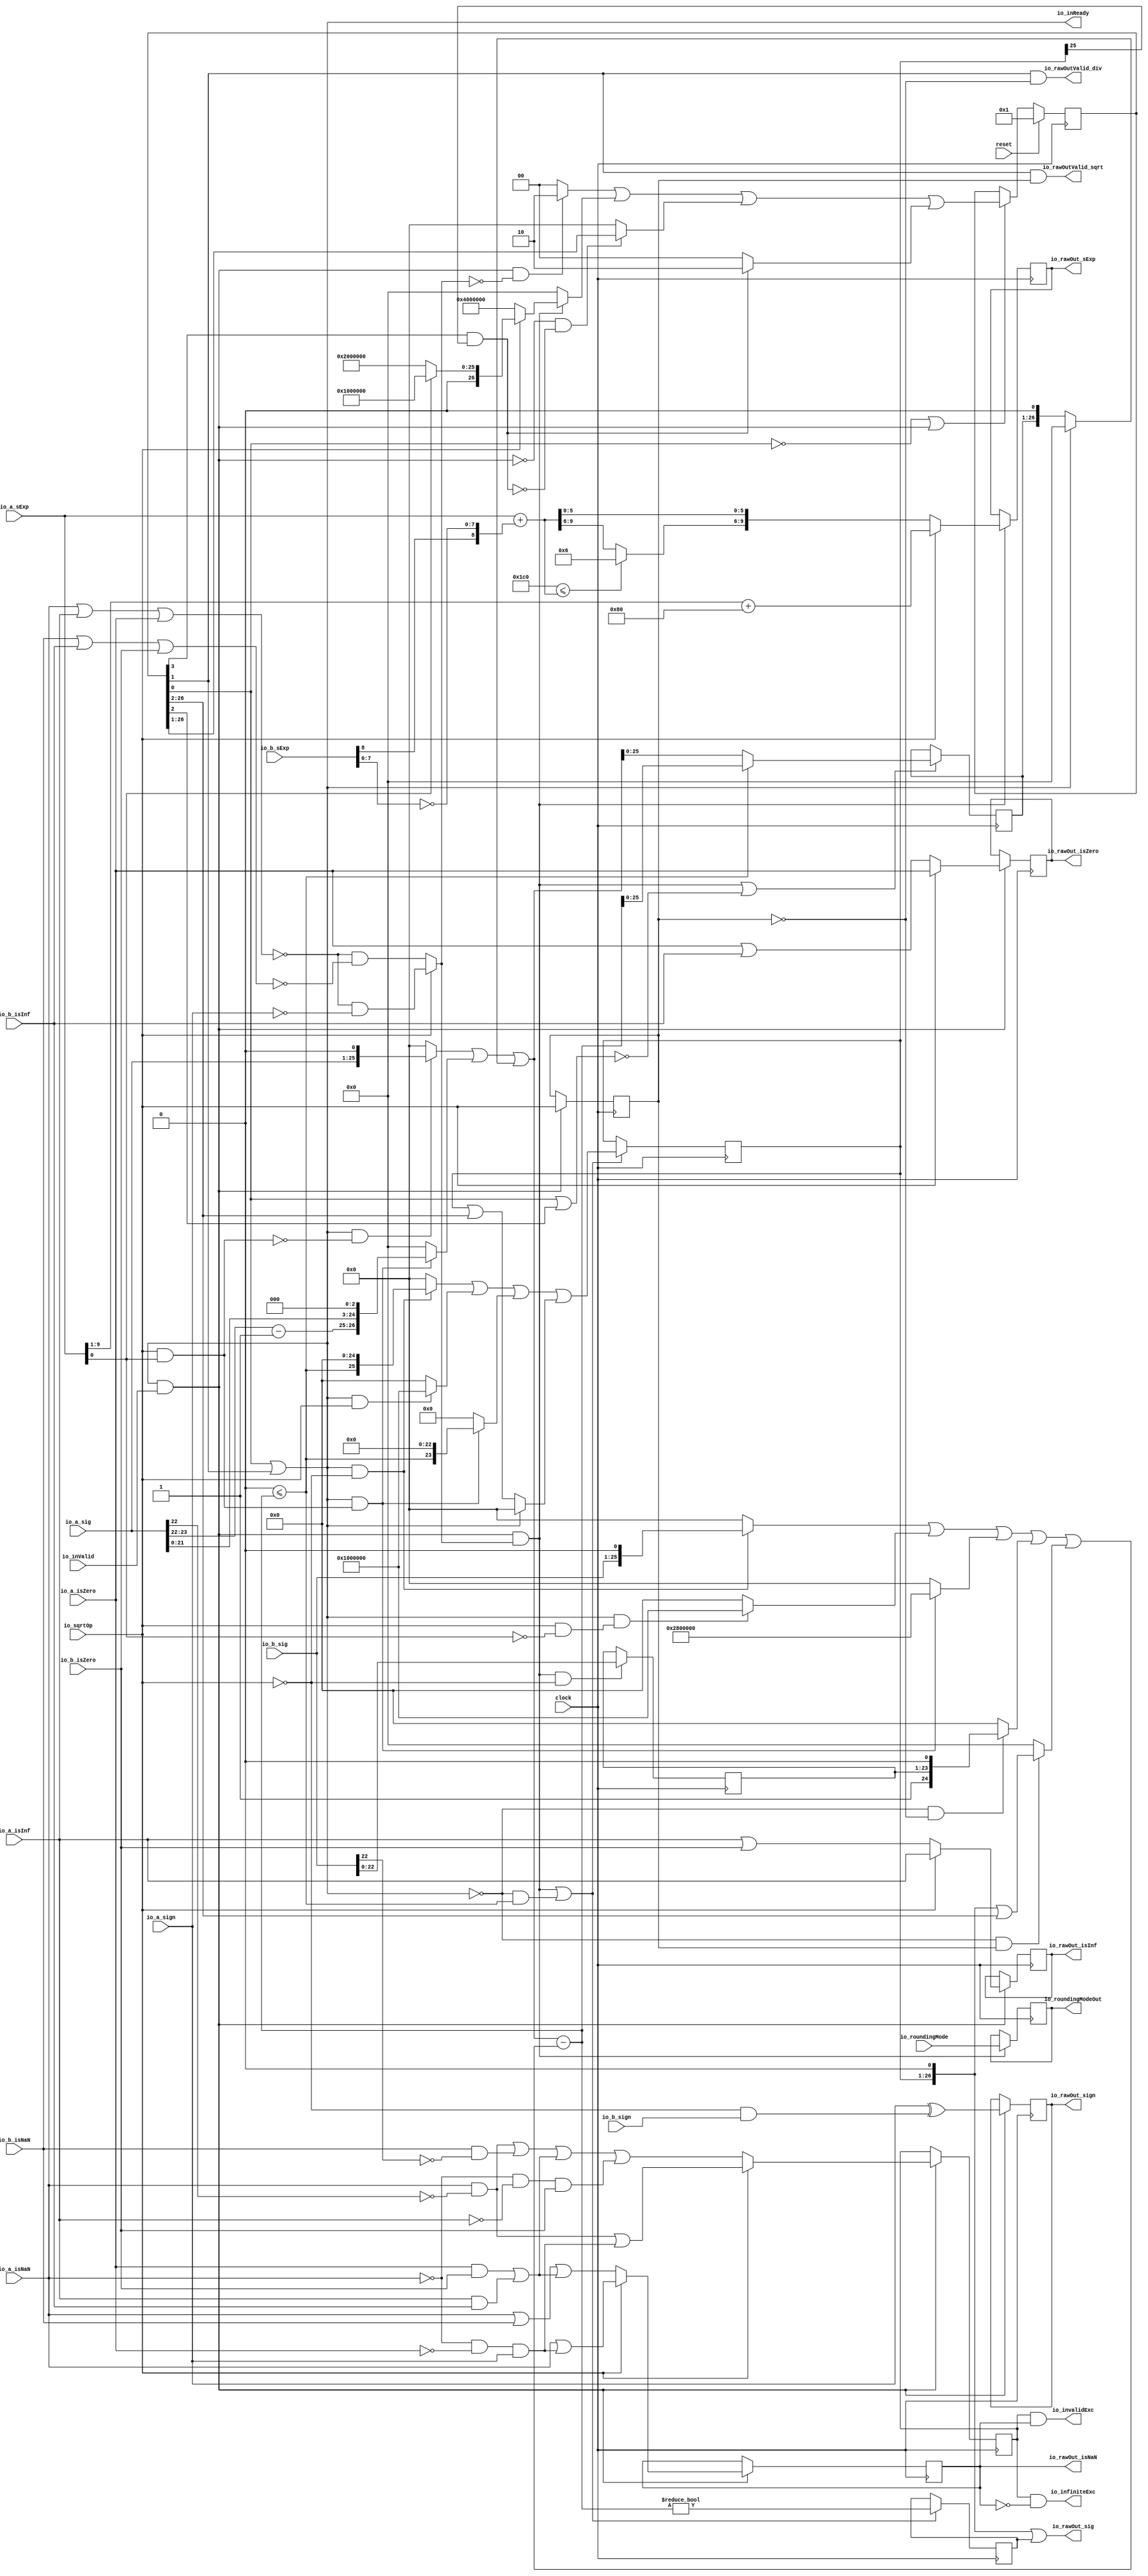
module DivSqrtRawFN_small( // @[:freechips.rocketchip.system.DefaultRV32Config.fir@212717.2]
  input         clock, // @[:freechips.rocketchip.system.DefaultRV32Config.fir@212718.4]
  input         reset, // @[:freechips.rocketchip.system.DefaultRV32Config.fir@212719.4]
  output        io_inReady, // @[:freechips.rocketchip.system.DefaultRV32Config.fir@212720.4]
  input         io_inValid, // @[:freechips.rocketchip.system.DefaultRV32Config.fir@212720.4]
  input         io_sqrtOp, // @[:freechips.rocketchip.system.DefaultRV32Config.fir@212720.4]
  input         io_a_isNaN, // @[:freechips.rocketchip.system.DefaultRV32Config.fir@212720.4]
  input         io_a_isInf, // @[:freechips.rocketchip.system.DefaultRV32Config.fir@212720.4]
  input         io_a_isZero, // @[:freechips.rocketchip.system.DefaultRV32Config.fir@212720.4]
  input         io_a_sign, // @[:freechips.rocketchip.system.DefaultRV32Config.fir@212720.4]
  input  [9:0]  io_a_sExp, // @[:freechips.rocketchip.system.DefaultRV32Config.fir@212720.4]
  input  [24:0] io_a_sig, // @[:freechips.rocketchip.system.DefaultRV32Config.fir@212720.4]
  input         io_b_isNaN, // @[:freechips.rocketchip.system.DefaultRV32Config.fir@212720.4]
  input         io_b_isInf, // @[:freechips.rocketchip.system.DefaultRV32Config.fir@212720.4]
  input         io_b_isZero, // @[:freechips.rocketchip.system.DefaultRV32Config.fir@212720.4]
  input         io_b_sign, // @[:freechips.rocketchip.system.DefaultRV32Config.fir@212720.4]
  input  [9:0]  io_b_sExp, // @[:freechips.rocketchip.system.DefaultRV32Config.fir@212720.4]
  input  [24:0] io_b_sig, // @[:freechips.rocketchip.system.DefaultRV32Config.fir@212720.4]
  input  [2:0]  io_roundingMode, // @[:freechips.rocketchip.system.DefaultRV32Config.fir@212720.4]
  output        io_rawOutValid_div, // @[:freechips.rocketchip.system.DefaultRV32Config.fir@212720.4]
  output        io_rawOutValid_sqrt, // @[:freechips.rocketchip.system.DefaultRV32Config.fir@212720.4]
  output [2:0]  io_roundingModeOut, // @[:freechips.rocketchip.system.DefaultRV32Config.fir@212720.4]
  output        io_invalidExc, // @[:freechips.rocketchip.system.DefaultRV32Config.fir@212720.4]
  output        io_infiniteExc, // @[:freechips.rocketchip.system.DefaultRV32Config.fir@212720.4]
  output        io_rawOut_isNaN, // @[:freechips.rocketchip.system.DefaultRV32Config.fir@212720.4]
  output        io_rawOut_isInf, // @[:freechips.rocketchip.system.DefaultRV32Config.fir@212720.4]
  output        io_rawOut_isZero, // @[:freechips.rocketchip.system.DefaultRV32Config.fir@212720.4]
  output        io_rawOut_sign, // @[:freechips.rocketchip.system.DefaultRV32Config.fir@212720.4]
  output [9:0]  io_rawOut_sExp, // @[:freechips.rocketchip.system.DefaultRV32Config.fir@212720.4]
  output [26:0] io_rawOut_sig // @[:freechips.rocketchip.system.DefaultRV32Config.fir@212720.4]
);
`ifdef RANDOMIZE_REG_INIT
  reg [31:0] _RAND_0;
  reg [31:0] _RAND_1;
  reg [31:0] _RAND_2;
  reg [31:0] _RAND_3;
  reg [31:0] _RAND_4;
  reg [31:0] _RAND_5;
  reg [31:0] _RAND_6;
  reg [31:0] _RAND_7;
  reg [31:0] _RAND_8;
  reg [31:0] _RAND_9;
  reg [31:0] _RAND_10;
  reg [31:0] _RAND_11;
  reg [31:0] _RAND_12;
`endif // RANDOMIZE_REG_INIT
  reg [26:0] cycleNum; // @[DivSqrtRecFN_small.scala 223:33:freechips.rocketchip.system.DefaultRV32Config.fir@212722.4]
  reg  sqrtOp_Z; // @[DivSqrtRecFN_small.scala 225:29:freechips.rocketchip.system.DefaultRV32Config.fir@212723.4]
  reg  majorExc_Z; // @[DivSqrtRecFN_small.scala 226:29:freechips.rocketchip.system.DefaultRV32Config.fir@212724.4]
  reg  isNaN_Z; // @[DivSqrtRecFN_small.scala 228:29:freechips.rocketchip.system.DefaultRV32Config.fir@212725.4]
  reg  isInf_Z; // @[DivSqrtRecFN_small.scala 229:29:freechips.rocketchip.system.DefaultRV32Config.fir@212726.4]
  reg  isZero_Z; // @[DivSqrtRecFN_small.scala 230:29:freechips.rocketchip.system.DefaultRV32Config.fir@212727.4]
  reg  sign_Z; // @[DivSqrtRecFN_small.scala 231:29:freechips.rocketchip.system.DefaultRV32Config.fir@212728.4]
  reg [9:0] sExp_Z; // @[DivSqrtRecFN_small.scala 232:29:freechips.rocketchip.system.DefaultRV32Config.fir@212729.4]
  reg [22:0] fractB_Z; // @[DivSqrtRecFN_small.scala 233:29:freechips.rocketchip.system.DefaultRV32Config.fir@212730.4]
  reg [2:0] roundingMode_Z; // @[DivSqrtRecFN_small.scala 234:29:freechips.rocketchip.system.DefaultRV32Config.fir@212731.4]
  reg [25:0] rem_Z; // @[DivSqrtRecFN_small.scala 240:29:freechips.rocketchip.system.DefaultRV32Config.fir@212732.4]
  reg  notZeroRem_Z; // @[DivSqrtRecFN_small.scala 241:29:freechips.rocketchip.system.DefaultRV32Config.fir@212733.4]
  reg [25:0] sigX_Z; // @[DivSqrtRecFN_small.scala 242:29:freechips.rocketchip.system.DefaultRV32Config.fir@212734.4]
  wire  _T; // @[DivSqrtRecFN_small.scala 251:24:freechips.rocketchip.system.DefaultRV32Config.fir@212735.4]
  wire  _T_1; // @[DivSqrtRecFN_small.scala 251:59:freechips.rocketchip.system.DefaultRV32Config.fir@212736.4]
  wire  notSigNaNIn_invalidExc_S_div; // @[DivSqrtRecFN_small.scala 251:42:freechips.rocketchip.system.DefaultRV32Config.fir@212737.4]
  wire  _T_2; // @[DivSqrtRecFN_small.scala 253:9:freechips.rocketchip.system.DefaultRV32Config.fir@212738.4]
  wire  _T_3; // @[DivSqrtRecFN_small.scala 253:27:freechips.rocketchip.system.DefaultRV32Config.fir@212739.4]
  wire  _T_4; // @[DivSqrtRecFN_small.scala 253:24:freechips.rocketchip.system.DefaultRV32Config.fir@212740.4]
  wire  notSigNaNIn_invalidExc_S_sqrt; // @[DivSqrtRecFN_small.scala 253:43:freechips.rocketchip.system.DefaultRV32Config.fir@212741.4]
  wire  _T_6; // @[common.scala 81:49:freechips.rocketchip.system.DefaultRV32Config.fir@212743.4]
  wire  _T_7; // @[common.scala 81:46:freechips.rocketchip.system.DefaultRV32Config.fir@212744.4]
  wire  _T_8; // @[DivSqrtRecFN_small.scala 256:38:freechips.rocketchip.system.DefaultRV32Config.fir@212745.4]
  wire  _T_13; // @[common.scala 81:49:freechips.rocketchip.system.DefaultRV32Config.fir@212750.4]
  wire  _T_14; // @[common.scala 81:46:freechips.rocketchip.system.DefaultRV32Config.fir@212751.4]
  wire  _T_15; // @[DivSqrtRecFN_small.scala 257:38:freechips.rocketchip.system.DefaultRV32Config.fir@212752.4]
  wire  _T_16; // @[DivSqrtRecFN_small.scala 257:66:freechips.rocketchip.system.DefaultRV32Config.fir@212753.4]
  wire  _T_18; // @[DivSqrtRecFN_small.scala 259:36:freechips.rocketchip.system.DefaultRV32Config.fir@212755.4]
  wire  _T_19; // @[DivSqrtRecFN_small.scala 259:33:freechips.rocketchip.system.DefaultRV32Config.fir@212756.4]
  wire  _T_20; // @[DivSqrtRecFN_small.scala 259:51:freechips.rocketchip.system.DefaultRV32Config.fir@212757.4]
  wire  _T_21; // @[DivSqrtRecFN_small.scala 258:46:freechips.rocketchip.system.DefaultRV32Config.fir@212758.4]
  wire  _T_22; // @[DivSqrtRecFN_small.scala 263:26:freechips.rocketchip.system.DefaultRV32Config.fir@212760.4]
  wire  _T_23; // @[DivSqrtRecFN_small.scala 264:26:freechips.rocketchip.system.DefaultRV32Config.fir@212761.4]
  wire  _T_24; // @[DivSqrtRecFN_small.scala 264:42:freechips.rocketchip.system.DefaultRV32Config.fir@212762.4]
  wire  _T_25; // @[DivSqrtRecFN_small.scala 266:63:freechips.rocketchip.system.DefaultRV32Config.fir@212764.4]
  wire  _T_26; // @[DivSqrtRecFN_small.scala 267:64:freechips.rocketchip.system.DefaultRV32Config.fir@212766.4]
  wire  _T_27; // @[DivSqrtRecFN_small.scala 268:33:freechips.rocketchip.system.DefaultRV32Config.fir@212768.4]
  wire  _T_28; // @[DivSqrtRecFN_small.scala 268:45:freechips.rocketchip.system.DefaultRV32Config.fir@212769.4]
  wire  sign_S; // @[DivSqrtRecFN_small.scala 268:30:freechips.rocketchip.system.DefaultRV32Config.fir@212770.4]
  wire  _T_29; // @[DivSqrtRecFN_small.scala 270:39:freechips.rocketchip.system.DefaultRV32Config.fir@212771.4]
  wire  specialCaseA_S; // @[DivSqrtRecFN_small.scala 270:55:freechips.rocketchip.system.DefaultRV32Config.fir@212772.4]
  wire  _T_30; // @[DivSqrtRecFN_small.scala 271:39:freechips.rocketchip.system.DefaultRV32Config.fir@212773.4]
  wire  specialCaseB_S; // @[DivSqrtRecFN_small.scala 271:55:freechips.rocketchip.system.DefaultRV32Config.fir@212774.4]
  wire  _T_31; // @[DivSqrtRecFN_small.scala 272:28:freechips.rocketchip.system.DefaultRV32Config.fir@212775.4]
  wire  _T_32; // @[DivSqrtRecFN_small.scala 272:48:freechips.rocketchip.system.DefaultRV32Config.fir@212776.4]
  wire  normalCase_S_div; // @[DivSqrtRecFN_small.scala 272:45:freechips.rocketchip.system.DefaultRV32Config.fir@212777.4]
  wire  _T_34; // @[DivSqrtRecFN_small.scala 273:49:freechips.rocketchip.system.DefaultRV32Config.fir@212779.4]
  wire  normalCase_S_sqrt; // @[DivSqrtRecFN_small.scala 273:46:freechips.rocketchip.system.DefaultRV32Config.fir@212780.4]
  wire  normalCase_S; // @[DivSqrtRecFN_small.scala 274:27:freechips.rocketchip.system.DefaultRV32Config.fir@212781.4]
  wire [7:0] _T_37; // @[DivSqrtRecFN_small.scala 278:40:freechips.rocketchip.system.DefaultRV32Config.fir@212784.4]
  wire [8:0] _T_39; // @[DivSqrtRecFN_small.scala 278:71:freechips.rocketchip.system.DefaultRV32Config.fir@212786.4]
  wire [9:0] _GEN_13; // @[DivSqrtRecFN_small.scala 277:21:freechips.rocketchip.system.DefaultRV32Config.fir@212787.4]
  wire [10:0] sExpQuot_S_div; // @[DivSqrtRecFN_small.scala 277:21:freechips.rocketchip.system.DefaultRV32Config.fir@212787.4]
  wire  _T_40; // @[DivSqrtRecFN_small.scala 281:48:freechips.rocketchip.system.DefaultRV32Config.fir@212788.4]
  wire [3:0] _T_42; // @[DivSqrtRecFN_small.scala 281:16:freechips.rocketchip.system.DefaultRV32Config.fir@212790.4]
  wire [9:0] sSatExpQuot_S_div; // @[DivSqrtRecFN_small.scala 286:11:freechips.rocketchip.system.DefaultRV32Config.fir@212793.4]
  wire  _T_46; // @[DivSqrtRecFN_small.scala 288:35:freechips.rocketchip.system.DefaultRV32Config.fir@212795.4]
  wire  evenSqrt_S; // @[DivSqrtRecFN_small.scala 288:32:freechips.rocketchip.system.DefaultRV32Config.fir@212796.4]
  wire  oddSqrt_S; // @[DivSqrtRecFN_small.scala 289:32:freechips.rocketchip.system.DefaultRV32Config.fir@212798.4]
  wire  idle; // @[DivSqrtRecFN_small.scala 293:24:freechips.rocketchip.system.DefaultRV32Config.fir@212799.4]
  wire  inReady; // @[DivSqrtRecFN_small.scala 294:24:freechips.rocketchip.system.DefaultRV32Config.fir@212801.4]
  wire  entering; // @[DivSqrtRecFN_small.scala 295:28:freechips.rocketchip.system.DefaultRV32Config.fir@212802.4]
  wire  entering_normalCase; // @[DivSqrtRecFN_small.scala 296:40:freechips.rocketchip.system.DefaultRV32Config.fir@212803.4]
  wire  skipCycle2; // @[DivSqrtRecFN_small.scala 298:34:freechips.rocketchip.system.DefaultRV32Config.fir@212806.4]
  wire  _T_51; // @[DivSqrtRecFN_small.scala 300:11:freechips.rocketchip.system.DefaultRV32Config.fir@212807.4]
  wire  _T_52; // @[DivSqrtRecFN_small.scala 300:18:freechips.rocketchip.system.DefaultRV32Config.fir@212808.4]
  wire  _T_53; // @[DivSqrtRecFN_small.scala 302:28:freechips.rocketchip.system.DefaultRV32Config.fir@212810.6]
  wire  _T_54; // @[DivSqrtRecFN_small.scala 302:26:freechips.rocketchip.system.DefaultRV32Config.fir@212811.6]
  wire [1:0] _T_55; // @[DivSqrtRecFN_small.scala 302:16:freechips.rocketchip.system.DefaultRV32Config.fir@212812.6]
  wire [25:0] _T_57; // @[DivSqrtRecFN_small.scala 305:24:freechips.rocketchip.system.DefaultRV32Config.fir@212814.6]
  wire [26:0] _T_58; // @[DivSqrtRecFN_small.scala 304:20:freechips.rocketchip.system.DefaultRV32Config.fir@212815.6]
  wire [26:0] _T_59; // @[DivSqrtRecFN_small.scala 303:16:freechips.rocketchip.system.DefaultRV32Config.fir@212816.6]
  wire [26:0] _GEN_14; // @[DivSqrtRecFN_small.scala 302:59:freechips.rocketchip.system.DefaultRV32Config.fir@212817.6]
  wire [26:0] _T_60; // @[DivSqrtRecFN_small.scala 302:59:freechips.rocketchip.system.DefaultRV32Config.fir@212817.6]
  wire  _T_61; // @[DivSqrtRecFN_small.scala 310:17:freechips.rocketchip.system.DefaultRV32Config.fir@212818.6]
  wire  _T_62; // @[DivSqrtRecFN_small.scala 310:31:freechips.rocketchip.system.DefaultRV32Config.fir@212819.6]
  wire  _T_63; // @[DivSqrtRecFN_small.scala 310:28:freechips.rocketchip.system.DefaultRV32Config.fir@212820.6]
  wire [25:0] _T_65; // @[DivSqrtRecFN_small.scala 310:16:freechips.rocketchip.system.DefaultRV32Config.fir@212822.6]
  wire [26:0] _GEN_15; // @[DivSqrtRecFN_small.scala 309:15:freechips.rocketchip.system.DefaultRV32Config.fir@212823.6]
  wire [26:0] _T_66; // @[DivSqrtRecFN_small.scala 309:15:freechips.rocketchip.system.DefaultRV32Config.fir@212823.6]
  wire [1:0] _T_67; // @[DivSqrtRecFN_small.scala 311:16:freechips.rocketchip.system.DefaultRV32Config.fir@212824.6]
  wire [26:0] _GEN_16; // @[DivSqrtRecFN_small.scala 310:63:freechips.rocketchip.system.DefaultRV32Config.fir@212825.6]
  wire [26:0] _T_68; // @[DivSqrtRecFN_small.scala 310:63:freechips.rocketchip.system.DefaultRV32Config.fir@212825.6]
  wire [8:0] _T_69; // @[DivSqrtRecFN_small.scala 329:29:freechips.rocketchip.system.DefaultRV32Config.fir@212838.6]
  wire [9:0] _T_70; // @[DivSqrtRecFN_small.scala 329:34:freechips.rocketchip.system.DefaultRV32Config.fir@212839.6]
  wire  _T_73; // @[DivSqrtRecFN_small.scala 334:31:freechips.rocketchip.system.DefaultRV32Config.fir@212845.4]
  wire  _T_75; // @[DivSqrtRecFN_small.scala 341:24:freechips.rocketchip.system.DefaultRV32Config.fir@212850.4]
  wire  _T_76; // @[DivSqrtRecFN_small.scala 341:21:freechips.rocketchip.system.DefaultRV32Config.fir@212851.4]
  wire [25:0] _T_77; // @[DivSqrtRecFN_small.scala 341:47:freechips.rocketchip.system.DefaultRV32Config.fir@212852.4]
  wire [25:0] _T_78; // @[DivSqrtRecFN_small.scala 341:12:freechips.rocketchip.system.DefaultRV32Config.fir@212853.4]
  wire  _T_79; // @[DivSqrtRecFN_small.scala 342:21:freechips.rocketchip.system.DefaultRV32Config.fir@212854.4]
  wire [1:0] _T_82; // @[DivSqrtRecFN_small.scala 343:56:freechips.rocketchip.system.DefaultRV32Config.fir@212857.4]
  wire [24:0] _T_84; // @[DivSqrtRecFN_small.scala 344:44:freechips.rocketchip.system.DefaultRV32Config.fir@212859.4]
  wire [26:0] _T_85; // @[Cat.scala 29:58:freechips.rocketchip.system.DefaultRV32Config.fir@212860.4]
  wire [26:0] _T_86; // @[DivSqrtRecFN_small.scala 342:12:freechips.rocketchip.system.DefaultRV32Config.fir@212861.4]
  wire [26:0] _GEN_17; // @[DivSqrtRecFN_small.scala 341:57:freechips.rocketchip.system.DefaultRV32Config.fir@212862.4]
  wire [26:0] _T_87; // @[DivSqrtRecFN_small.scala 341:57:freechips.rocketchip.system.DefaultRV32Config.fir@212862.4]
  wire  _T_88; // @[DivSqrtRecFN_small.scala 348:13:freechips.rocketchip.system.DefaultRV32Config.fir@212863.4]
  wire [26:0] _T_89; // @[DivSqrtRecFN_small.scala 348:29:freechips.rocketchip.system.DefaultRV32Config.fir@212864.4]
  wire [26:0] _T_90; // @[DivSqrtRecFN_small.scala 348:12:freechips.rocketchip.system.DefaultRV32Config.fir@212865.4]
  wire [26:0] rem; // @[DivSqrtRecFN_small.scala 347:11:freechips.rocketchip.system.DefaultRV32Config.fir@212866.4]
  wire [24:0] bitMask; // @[DivSqrtRecFN_small.scala 349:27:freechips.rocketchip.system.DefaultRV32Config.fir@212867.4]
  wire  _T_92; // @[DivSqrtRecFN_small.scala 351:21:freechips.rocketchip.system.DefaultRV32Config.fir@212869.4]
  wire [25:0] _T_93; // @[DivSqrtRecFN_small.scala 351:47:freechips.rocketchip.system.DefaultRV32Config.fir@212870.4]
  wire [25:0] _T_94; // @[DivSqrtRecFN_small.scala 351:12:freechips.rocketchip.system.DefaultRV32Config.fir@212871.4]
  wire  _T_95; // @[DivSqrtRecFN_small.scala 352:21:freechips.rocketchip.system.DefaultRV32Config.fir@212872.4]
  wire [24:0] _T_96; // @[DivSqrtRecFN_small.scala 352:12:freechips.rocketchip.system.DefaultRV32Config.fir@212873.4]
  wire [25:0] _GEN_18; // @[DivSqrtRecFN_small.scala 351:73:freechips.rocketchip.system.DefaultRV32Config.fir@212874.4]
  wire [25:0] _T_97; // @[DivSqrtRecFN_small.scala 351:73:freechips.rocketchip.system.DefaultRV32Config.fir@212874.4]
  wire [25:0] _T_99; // @[DivSqrtRecFN_small.scala 353:12:freechips.rocketchip.system.DefaultRV32Config.fir@212876.4]
  wire [25:0] _T_100; // @[DivSqrtRecFN_small.scala 352:73:freechips.rocketchip.system.DefaultRV32Config.fir@212877.4]
  wire  _T_102; // @[DivSqrtRecFN_small.scala 354:26:freechips.rocketchip.system.DefaultRV32Config.fir@212879.4]
  wire  _T_103; // @[DivSqrtRecFN_small.scala 354:23:freechips.rocketchip.system.DefaultRV32Config.fir@212880.4]
  wire [23:0] _T_104; // @[Cat.scala 29:58:freechips.rocketchip.system.DefaultRV32Config.fir@212881.4]
  wire [24:0] _T_105; // @[DivSqrtRecFN_small.scala 354:56:freechips.rocketchip.system.DefaultRV32Config.fir@212882.4]
  wire [24:0] _T_106; // @[DivSqrtRecFN_small.scala 354:12:freechips.rocketchip.system.DefaultRV32Config.fir@212883.4]
  wire [25:0] _GEN_19; // @[DivSqrtRecFN_small.scala 353:73:freechips.rocketchip.system.DefaultRV32Config.fir@212884.4]
  wire [25:0] _T_107; // @[DivSqrtRecFN_small.scala 353:73:freechips.rocketchip.system.DefaultRV32Config.fir@212884.4]
  wire  _T_109; // @[DivSqrtRecFN_small.scala 355:23:freechips.rocketchip.system.DefaultRV32Config.fir@212886.4]
  wire [26:0] _T_110; // @[DivSqrtRecFN_small.scala 355:44:freechips.rocketchip.system.DefaultRV32Config.fir@212887.4]
  wire [26:0] _GEN_20; // @[DivSqrtRecFN_small.scala 355:48:freechips.rocketchip.system.DefaultRV32Config.fir@212888.4]
  wire [26:0] _T_111; // @[DivSqrtRecFN_small.scala 355:48:freechips.rocketchip.system.DefaultRV32Config.fir@212888.4]
  wire [26:0] _T_112; // @[DivSqrtRecFN_small.scala 355:12:freechips.rocketchip.system.DefaultRV32Config.fir@212889.4]
  wire [26:0] _GEN_21; // @[DivSqrtRecFN_small.scala 354:73:freechips.rocketchip.system.DefaultRV32Config.fir@212890.4]
  wire [26:0] trialTerm; // @[DivSqrtRecFN_small.scala 354:73:freechips.rocketchip.system.DefaultRV32Config.fir@212890.4]
  wire [27:0] _T_113; // @[DivSqrtRecFN_small.scala 356:24:freechips.rocketchip.system.DefaultRV32Config.fir@212891.4]
  wire [27:0] _T_114; // @[DivSqrtRecFN_small.scala 356:41:freechips.rocketchip.system.DefaultRV32Config.fir@212892.4]
  wire [27:0] trialRem; // @[DivSqrtRecFN_small.scala 356:29:freechips.rocketchip.system.DefaultRV32Config.fir@212895.4]
  wire  newBit; // @[DivSqrtRecFN_small.scala 357:23:freechips.rocketchip.system.DefaultRV32Config.fir@212896.4]
  wire  _T_118; // @[DivSqrtRecFN_small.scala 359:41:freechips.rocketchip.system.DefaultRV32Config.fir@212898.4]
  wire  _T_119; // @[DivSqrtRecFN_small.scala 359:34:freechips.rocketchip.system.DefaultRV32Config.fir@212899.4]
  wire  _T_120; // @[DivSqrtRecFN_small.scala 359:31:freechips.rocketchip.system.DefaultRV32Config.fir@212900.4]
  wire [27:0] _T_121; // @[DivSqrtRecFN_small.scala 360:39:freechips.rocketchip.system.DefaultRV32Config.fir@212902.6]
  wire [27:0] _T_122; // @[DivSqrtRecFN_small.scala 360:21:freechips.rocketchip.system.DefaultRV32Config.fir@212903.6]
  wire [27:0] _GEN_10; // @[DivSqrtRecFN_small.scala 359:58:freechips.rocketchip.system.DefaultRV32Config.fir@212901.4]
  wire  _T_124; // @[DivSqrtRecFN_small.scala 362:45:freechips.rocketchip.system.DefaultRV32Config.fir@212907.4]
  wire  _T_125; // @[DivSqrtRecFN_small.scala 362:31:freechips.rocketchip.system.DefaultRV32Config.fir@212908.4]
  wire  _T_126; // @[DivSqrtRecFN_small.scala 363:35:freechips.rocketchip.system.DefaultRV32Config.fir@212910.6]
  wire [25:0] _T_129; // @[DivSqrtRecFN_small.scala 365:47:freechips.rocketchip.system.DefaultRV32Config.fir@212914.6]
  wire [25:0] _T_130; // @[DivSqrtRecFN_small.scala 365:16:freechips.rocketchip.system.DefaultRV32Config.fir@212915.6]
  wire  _T_131; // @[DivSqrtRecFN_small.scala 366:25:freechips.rocketchip.system.DefaultRV32Config.fir@212916.6]
  wire [24:0] _T_132; // @[DivSqrtRecFN_small.scala 366:16:freechips.rocketchip.system.DefaultRV32Config.fir@212917.6]
  wire [25:0] _GEN_22; // @[DivSqrtRecFN_small.scala 365:71:freechips.rocketchip.system.DefaultRV32Config.fir@212918.6]
  wire [25:0] _T_133; // @[DivSqrtRecFN_small.scala 365:71:freechips.rocketchip.system.DefaultRV32Config.fir@212918.6]
  wire [23:0] _T_135; // @[DivSqrtRecFN_small.scala 367:47:freechips.rocketchip.system.DefaultRV32Config.fir@212920.6]
  wire [23:0] _T_136; // @[DivSqrtRecFN_small.scala 367:16:freechips.rocketchip.system.DefaultRV32Config.fir@212921.6]
  wire [25:0] _GEN_23; // @[DivSqrtRecFN_small.scala 366:71:freechips.rocketchip.system.DefaultRV32Config.fir@212922.6]
  wire [25:0] _T_137; // @[DivSqrtRecFN_small.scala 366:71:freechips.rocketchip.system.DefaultRV32Config.fir@212922.6]
  wire [25:0] _GEN_24; // @[DivSqrtRecFN_small.scala 368:48:freechips.rocketchip.system.DefaultRV32Config.fir@212924.6]
  wire [25:0] _T_139; // @[DivSqrtRecFN_small.scala 368:48:freechips.rocketchip.system.DefaultRV32Config.fir@212924.6]
  wire [25:0] _T_140; // @[DivSqrtRecFN_small.scala 368:16:freechips.rocketchip.system.DefaultRV32Config.fir@212925.6]
  wire [25:0] _T_141; // @[DivSqrtRecFN_small.scala 367:71:freechips.rocketchip.system.DefaultRV32Config.fir@212926.6]
  wire  _T_146; // @[DivSqrtRecFN_small.scala 379:39:freechips.rocketchip.system.DefaultRV32Config.fir@212938.4]
  wire [26:0] _GEN_25; // @[DivSqrtRecFN_small.scala 385:35:freechips.rocketchip.system.DefaultRV32Config.fir@212947.4]
  assign _T = io_a_isZero & io_b_isZero; // @[DivSqrtRecFN_small.scala 251:24:freechips.rocketchip.system.DefaultRV32Config.fir@212735.4]
  assign _T_1 = io_a_isInf & io_b_isInf; // @[DivSqrtRecFN_small.scala 251:59:freechips.rocketchip.system.DefaultRV32Config.fir@212736.4]
  assign notSigNaNIn_invalidExc_S_div = _T | _T_1; // @[DivSqrtRecFN_small.scala 251:42:freechips.rocketchip.system.DefaultRV32Config.fir@212737.4]
  assign _T_2 = ~io_a_isNaN; // @[DivSqrtRecFN_small.scala 253:9:freechips.rocketchip.system.DefaultRV32Config.fir@212738.4]
  assign _T_3 = ~io_a_isZero; // @[DivSqrtRecFN_small.scala 253:27:freechips.rocketchip.system.DefaultRV32Config.fir@212739.4]
  assign _T_4 = _T_2 & _T_3; // @[DivSqrtRecFN_small.scala 253:24:freechips.rocketchip.system.DefaultRV32Config.fir@212740.4]
  assign notSigNaNIn_invalidExc_S_sqrt = _T_4 & io_a_sign; // @[DivSqrtRecFN_small.scala 253:43:freechips.rocketchip.system.DefaultRV32Config.fir@212741.4]
  assign _T_6 = ~io_a_sig[22]; // @[common.scala 81:49:freechips.rocketchip.system.DefaultRV32Config.fir@212743.4]
  assign _T_7 = io_a_isNaN & _T_6; // @[common.scala 81:46:freechips.rocketchip.system.DefaultRV32Config.fir@212744.4]
  assign _T_8 = _T_7 | notSigNaNIn_invalidExc_S_sqrt; // @[DivSqrtRecFN_small.scala 256:38:freechips.rocketchip.system.DefaultRV32Config.fir@212745.4]
  assign _T_13 = ~io_b_sig[22]; // @[common.scala 81:49:freechips.rocketchip.system.DefaultRV32Config.fir@212750.4]
  assign _T_14 = io_b_isNaN & _T_13; // @[common.scala 81:46:freechips.rocketchip.system.DefaultRV32Config.fir@212751.4]
  assign _T_15 = _T_7 | _T_14; // @[DivSqrtRecFN_small.scala 257:38:freechips.rocketchip.system.DefaultRV32Config.fir@212752.4]
  assign _T_16 = _T_15 | notSigNaNIn_invalidExc_S_div; // @[DivSqrtRecFN_small.scala 257:66:freechips.rocketchip.system.DefaultRV32Config.fir@212753.4]
  assign _T_18 = ~io_a_isInf; // @[DivSqrtRecFN_small.scala 259:36:freechips.rocketchip.system.DefaultRV32Config.fir@212755.4]
  assign _T_19 = _T_2 & _T_18; // @[DivSqrtRecFN_small.scala 259:33:freechips.rocketchip.system.DefaultRV32Config.fir@212756.4]
  assign _T_20 = _T_19 & io_b_isZero; // @[DivSqrtRecFN_small.scala 259:51:freechips.rocketchip.system.DefaultRV32Config.fir@212757.4]
  assign _T_21 = _T_16 | _T_20; // @[DivSqrtRecFN_small.scala 258:46:freechips.rocketchip.system.DefaultRV32Config.fir@212758.4]
  assign _T_22 = io_a_isNaN | notSigNaNIn_invalidExc_S_sqrt; // @[DivSqrtRecFN_small.scala 263:26:freechips.rocketchip.system.DefaultRV32Config.fir@212760.4]
  assign _T_23 = io_a_isNaN | io_b_isNaN; // @[DivSqrtRecFN_small.scala 264:26:freechips.rocketchip.system.DefaultRV32Config.fir@212761.4]
  assign _T_24 = _T_23 | notSigNaNIn_invalidExc_S_div; // @[DivSqrtRecFN_small.scala 264:42:freechips.rocketchip.system.DefaultRV32Config.fir@212762.4]
  assign _T_25 = io_a_isInf | io_b_isZero; // @[DivSqrtRecFN_small.scala 266:63:freechips.rocketchip.system.DefaultRV32Config.fir@212764.4]
  assign _T_26 = io_a_isZero | io_b_isInf; // @[DivSqrtRecFN_small.scala 267:64:freechips.rocketchip.system.DefaultRV32Config.fir@212766.4]
  assign _T_27 = ~io_sqrtOp; // @[DivSqrtRecFN_small.scala 268:33:freechips.rocketchip.system.DefaultRV32Config.fir@212768.4]
  assign _T_28 = _T_27 & io_b_sign; // @[DivSqrtRecFN_small.scala 268:45:freechips.rocketchip.system.DefaultRV32Config.fir@212769.4]
  assign sign_S = io_a_sign ^ _T_28; // @[DivSqrtRecFN_small.scala 268:30:freechips.rocketchip.system.DefaultRV32Config.fir@212770.4]
  assign _T_29 = io_a_isNaN | io_a_isInf; // @[DivSqrtRecFN_small.scala 270:39:freechips.rocketchip.system.DefaultRV32Config.fir@212771.4]
  assign specialCaseA_S = _T_29 | io_a_isZero; // @[DivSqrtRecFN_small.scala 270:55:freechips.rocketchip.system.DefaultRV32Config.fir@212772.4]
  assign _T_30 = io_b_isNaN | io_b_isInf; // @[DivSqrtRecFN_small.scala 271:39:freechips.rocketchip.system.DefaultRV32Config.fir@212773.4]
  assign specialCaseB_S = _T_30 | io_b_isZero; // @[DivSqrtRecFN_small.scala 271:55:freechips.rocketchip.system.DefaultRV32Config.fir@212774.4]
  assign _T_31 = ~specialCaseA_S; // @[DivSqrtRecFN_small.scala 272:28:freechips.rocketchip.system.DefaultRV32Config.fir@212775.4]
  assign _T_32 = ~specialCaseB_S; // @[DivSqrtRecFN_small.scala 272:48:freechips.rocketchip.system.DefaultRV32Config.fir@212776.4]
  assign normalCase_S_div = _T_31 & _T_32; // @[DivSqrtRecFN_small.scala 272:45:freechips.rocketchip.system.DefaultRV32Config.fir@212777.4]
  assign _T_34 = ~io_a_sign; // @[DivSqrtRecFN_small.scala 273:49:freechips.rocketchip.system.DefaultRV32Config.fir@212779.4]
  assign normalCase_S_sqrt = _T_31 & _T_34; // @[DivSqrtRecFN_small.scala 273:46:freechips.rocketchip.system.DefaultRV32Config.fir@212780.4]
  assign normalCase_S = io_sqrtOp ? normalCase_S_sqrt : normalCase_S_div; // @[DivSqrtRecFN_small.scala 274:27:freechips.rocketchip.system.DefaultRV32Config.fir@212781.4]
  assign _T_37 = ~io_b_sExp[7:0]; // @[DivSqrtRecFN_small.scala 278:40:freechips.rocketchip.system.DefaultRV32Config.fir@212784.4]
  assign _T_39 = {io_b_sExp[8],_T_37}; // @[DivSqrtRecFN_small.scala 278:71:freechips.rocketchip.system.DefaultRV32Config.fir@212786.4]
  assign _GEN_13 = {{1{_T_39[8]}},_T_39}; // @[DivSqrtRecFN_small.scala 277:21:freechips.rocketchip.system.DefaultRV32Config.fir@212787.4]
  assign sExpQuot_S_div = $signed(io_a_sExp) + $signed(_GEN_13); // @[DivSqrtRecFN_small.scala 277:21:freechips.rocketchip.system.DefaultRV32Config.fir@212787.4]
  assign _T_40 = 11'sh1c0 <= $signed(sExpQuot_S_div); // @[DivSqrtRecFN_small.scala 281:48:freechips.rocketchip.system.DefaultRV32Config.fir@212788.4]
  assign _T_42 = _T_40 ? 4'h6 : sExpQuot_S_div[9:6]; // @[DivSqrtRecFN_small.scala 281:16:freechips.rocketchip.system.DefaultRV32Config.fir@212790.4]
  assign sSatExpQuot_S_div = {_T_42,sExpQuot_S_div[5:0]}; // @[DivSqrtRecFN_small.scala 286:11:freechips.rocketchip.system.DefaultRV32Config.fir@212793.4]
  assign _T_46 = ~io_a_sExp[0]; // @[DivSqrtRecFN_small.scala 288:35:freechips.rocketchip.system.DefaultRV32Config.fir@212795.4]
  assign evenSqrt_S = io_sqrtOp & _T_46; // @[DivSqrtRecFN_small.scala 288:32:freechips.rocketchip.system.DefaultRV32Config.fir@212796.4]
  assign oddSqrt_S = io_sqrtOp & io_a_sExp[0]; // @[DivSqrtRecFN_small.scala 289:32:freechips.rocketchip.system.DefaultRV32Config.fir@212798.4]
  assign idle = cycleNum[0]; // @[DivSqrtRecFN_small.scala 293:24:freechips.rocketchip.system.DefaultRV32Config.fir@212799.4]
  assign inReady = idle | cycleNum[1]; // @[DivSqrtRecFN_small.scala 294:24:freechips.rocketchip.system.DefaultRV32Config.fir@212801.4]
  assign entering = inReady & io_inValid; // @[DivSqrtRecFN_small.scala 295:28:freechips.rocketchip.system.DefaultRV32Config.fir@212802.4]
  assign entering_normalCase = entering & normalCase_S; // @[DivSqrtRecFN_small.scala 296:40:freechips.rocketchip.system.DefaultRV32Config.fir@212803.4]
  assign skipCycle2 = cycleNum[3] & sigX_Z[25]; // @[DivSqrtRecFN_small.scala 298:34:freechips.rocketchip.system.DefaultRV32Config.fir@212806.4]
  assign _T_51 = ~idle; // @[DivSqrtRecFN_small.scala 300:11:freechips.rocketchip.system.DefaultRV32Config.fir@212807.4]
  assign _T_52 = _T_51 | entering; // @[DivSqrtRecFN_small.scala 300:18:freechips.rocketchip.system.DefaultRV32Config.fir@212808.4]
  assign _T_53 = ~normalCase_S; // @[DivSqrtRecFN_small.scala 302:28:freechips.rocketchip.system.DefaultRV32Config.fir@212810.6]
  assign _T_54 = entering & _T_53; // @[DivSqrtRecFN_small.scala 302:26:freechips.rocketchip.system.DefaultRV32Config.fir@212811.6]
  assign _T_55 = _T_54 ? 2'h2 : 2'h0; // @[DivSqrtRecFN_small.scala 302:16:freechips.rocketchip.system.DefaultRV32Config.fir@212812.6]
  assign _T_57 = io_a_sExp[0] ? 26'h1000000 : 26'h2000000; // @[DivSqrtRecFN_small.scala 305:24:freechips.rocketchip.system.DefaultRV32Config.fir@212814.6]
  assign _T_58 = io_sqrtOp ? {{1'd0}, _T_57} : 27'h4000000; // @[DivSqrtRecFN_small.scala 304:20:freechips.rocketchip.system.DefaultRV32Config.fir@212815.6]
  assign _T_59 = entering_normalCase ? _T_58 : 27'h0; // @[DivSqrtRecFN_small.scala 303:16:freechips.rocketchip.system.DefaultRV32Config.fir@212816.6]
  assign _GEN_14 = {{25'd0}, _T_55}; // @[DivSqrtRecFN_small.scala 302:59:freechips.rocketchip.system.DefaultRV32Config.fir@212817.6]
  assign _T_60 = _GEN_14 | _T_59; // @[DivSqrtRecFN_small.scala 302:59:freechips.rocketchip.system.DefaultRV32Config.fir@212817.6]
  assign _T_61 = ~entering; // @[DivSqrtRecFN_small.scala 310:17:freechips.rocketchip.system.DefaultRV32Config.fir@212818.6]
  assign _T_62 = ~skipCycle2; // @[DivSqrtRecFN_small.scala 310:31:freechips.rocketchip.system.DefaultRV32Config.fir@212819.6]
  assign _T_63 = _T_61 & _T_62; // @[DivSqrtRecFN_small.scala 310:28:freechips.rocketchip.system.DefaultRV32Config.fir@212820.6]
  assign _T_65 = _T_63 ? cycleNum[26:1] : 26'h0; // @[DivSqrtRecFN_small.scala 310:16:freechips.rocketchip.system.DefaultRV32Config.fir@212822.6]
  assign _GEN_15 = {{1'd0}, _T_65}; // @[DivSqrtRecFN_small.scala 309:15:freechips.rocketchip.system.DefaultRV32Config.fir@212823.6]
  assign _T_66 = _T_60 | _GEN_15; // @[DivSqrtRecFN_small.scala 309:15:freechips.rocketchip.system.DefaultRV32Config.fir@212823.6]
  assign _T_67 = skipCycle2 ? 2'h2 : 2'h0; // @[DivSqrtRecFN_small.scala 311:16:freechips.rocketchip.system.DefaultRV32Config.fir@212824.6]
  assign _GEN_16 = {{25'd0}, _T_67}; // @[DivSqrtRecFN_small.scala 310:63:freechips.rocketchip.system.DefaultRV32Config.fir@212825.6]
  assign _T_68 = _T_66 | _GEN_16; // @[DivSqrtRecFN_small.scala 310:63:freechips.rocketchip.system.DefaultRV32Config.fir@212825.6]
  assign _T_69 = io_a_sExp[9:1]; // @[DivSqrtRecFN_small.scala 329:29:freechips.rocketchip.system.DefaultRV32Config.fir@212838.6]
  assign _T_70 = $signed(_T_69) + 9'sh80; // @[DivSqrtRecFN_small.scala 329:34:freechips.rocketchip.system.DefaultRV32Config.fir@212839.6]
  assign _T_73 = entering_normalCase & _T_27; // @[DivSqrtRecFN_small.scala 334:31:freechips.rocketchip.system.DefaultRV32Config.fir@212845.4]
  assign _T_75 = ~oddSqrt_S; // @[DivSqrtRecFN_small.scala 341:24:freechips.rocketchip.system.DefaultRV32Config.fir@212850.4]
  assign _T_76 = inReady & _T_75; // @[DivSqrtRecFN_small.scala 341:21:freechips.rocketchip.system.DefaultRV32Config.fir@212851.4]
  assign _T_77 = {io_a_sig, 1'h0}; // @[DivSqrtRecFN_small.scala 341:47:freechips.rocketchip.system.DefaultRV32Config.fir@212852.4]
  assign _T_78 = _T_76 ? _T_77 : 26'h0; // @[DivSqrtRecFN_small.scala 341:12:freechips.rocketchip.system.DefaultRV32Config.fir@212853.4]
  assign _T_79 = inReady & oddSqrt_S; // @[DivSqrtRecFN_small.scala 342:21:freechips.rocketchip.system.DefaultRV32Config.fir@212854.4]
  assign _T_82 = io_a_sig[23:22] - 2'h1; // @[DivSqrtRecFN_small.scala 343:56:freechips.rocketchip.system.DefaultRV32Config.fir@212857.4]
  assign _T_84 = {io_a_sig[21:0], 3'h0}; // @[DivSqrtRecFN_small.scala 344:44:freechips.rocketchip.system.DefaultRV32Config.fir@212859.4]
  assign _T_85 = {_T_82,_T_84}; // @[Cat.scala 29:58:freechips.rocketchip.system.DefaultRV32Config.fir@212860.4]
  assign _T_86 = _T_79 ? _T_85 : 27'h0; // @[DivSqrtRecFN_small.scala 342:12:freechips.rocketchip.system.DefaultRV32Config.fir@212861.4]
  assign _GEN_17 = {{1'd0}, _T_78}; // @[DivSqrtRecFN_small.scala 341:57:freechips.rocketchip.system.DefaultRV32Config.fir@212862.4]
  assign _T_87 = _GEN_17 | _T_86; // @[DivSqrtRecFN_small.scala 341:57:freechips.rocketchip.system.DefaultRV32Config.fir@212862.4]
  assign _T_88 = ~inReady; // @[DivSqrtRecFN_small.scala 348:13:freechips.rocketchip.system.DefaultRV32Config.fir@212863.4]
  assign _T_89 = {rem_Z, 1'h0}; // @[DivSqrtRecFN_small.scala 348:29:freechips.rocketchip.system.DefaultRV32Config.fir@212864.4]
  assign _T_90 = _T_88 ? _T_89 : 27'h0; // @[DivSqrtRecFN_small.scala 348:12:freechips.rocketchip.system.DefaultRV32Config.fir@212865.4]
  assign rem = _T_87 | _T_90; // @[DivSqrtRecFN_small.scala 347:11:freechips.rocketchip.system.DefaultRV32Config.fir@212866.4]
  assign bitMask = cycleNum[26:2]; // @[DivSqrtRecFN_small.scala 349:27:freechips.rocketchip.system.DefaultRV32Config.fir@212867.4]
  assign _T_92 = inReady & _T_27; // @[DivSqrtRecFN_small.scala 351:21:freechips.rocketchip.system.DefaultRV32Config.fir@212869.4]
  assign _T_93 = {io_b_sig, 1'h0}; // @[DivSqrtRecFN_small.scala 351:47:freechips.rocketchip.system.DefaultRV32Config.fir@212870.4]
  assign _T_94 = _T_92 ? _T_93 : 26'h0; // @[DivSqrtRecFN_small.scala 351:12:freechips.rocketchip.system.DefaultRV32Config.fir@212871.4]
  assign _T_95 = inReady & evenSqrt_S; // @[DivSqrtRecFN_small.scala 352:21:freechips.rocketchip.system.DefaultRV32Config.fir@212872.4]
  assign _T_96 = _T_95 ? 25'h1000000 : 25'h0; // @[DivSqrtRecFN_small.scala 352:12:freechips.rocketchip.system.DefaultRV32Config.fir@212873.4]
  assign _GEN_18 = {{1'd0}, _T_96}; // @[DivSqrtRecFN_small.scala 351:73:freechips.rocketchip.system.DefaultRV32Config.fir@212874.4]
  assign _T_97 = _T_94 | _GEN_18; // @[DivSqrtRecFN_small.scala 351:73:freechips.rocketchip.system.DefaultRV32Config.fir@212874.4]
  assign _T_99 = _T_79 ? 26'h2800000 : 26'h0; // @[DivSqrtRecFN_small.scala 353:12:freechips.rocketchip.system.DefaultRV32Config.fir@212876.4]
  assign _T_100 = _T_97 | _T_99; // @[DivSqrtRecFN_small.scala 352:73:freechips.rocketchip.system.DefaultRV32Config.fir@212877.4]
  assign _T_102 = ~sqrtOp_Z; // @[DivSqrtRecFN_small.scala 354:26:freechips.rocketchip.system.DefaultRV32Config.fir@212879.4]
  assign _T_103 = _T_88 & _T_102; // @[DivSqrtRecFN_small.scala 354:23:freechips.rocketchip.system.DefaultRV32Config.fir@212880.4]
  assign _T_104 = {1'h1,fractB_Z}; // @[Cat.scala 29:58:freechips.rocketchip.system.DefaultRV32Config.fir@212881.4]
  assign _T_105 = {_T_104, 1'h0}; // @[DivSqrtRecFN_small.scala 354:56:freechips.rocketchip.system.DefaultRV32Config.fir@212882.4]
  assign _T_106 = _T_103 ? _T_105 : 25'h0; // @[DivSqrtRecFN_small.scala 354:12:freechips.rocketchip.system.DefaultRV32Config.fir@212883.4]
  assign _GEN_19 = {{1'd0}, _T_106}; // @[DivSqrtRecFN_small.scala 353:73:freechips.rocketchip.system.DefaultRV32Config.fir@212884.4]
  assign _T_107 = _T_100 | _GEN_19; // @[DivSqrtRecFN_small.scala 353:73:freechips.rocketchip.system.DefaultRV32Config.fir@212884.4]
  assign _T_109 = _T_88 & sqrtOp_Z; // @[DivSqrtRecFN_small.scala 355:23:freechips.rocketchip.system.DefaultRV32Config.fir@212886.4]
  assign _T_110 = {sigX_Z, 1'h0}; // @[DivSqrtRecFN_small.scala 355:44:freechips.rocketchip.system.DefaultRV32Config.fir@212887.4]
  assign _GEN_20 = {{2'd0}, bitMask}; // @[DivSqrtRecFN_small.scala 355:48:freechips.rocketchip.system.DefaultRV32Config.fir@212888.4]
  assign _T_111 = _T_110 | _GEN_20; // @[DivSqrtRecFN_small.scala 355:48:freechips.rocketchip.system.DefaultRV32Config.fir@212888.4]
  assign _T_112 = _T_109 ? _T_111 : 27'h0; // @[DivSqrtRecFN_small.scala 355:12:freechips.rocketchip.system.DefaultRV32Config.fir@212889.4]
  assign _GEN_21 = {{1'd0}, _T_107}; // @[DivSqrtRecFN_small.scala 354:73:freechips.rocketchip.system.DefaultRV32Config.fir@212890.4]
  assign trialTerm = _GEN_21 | _T_112; // @[DivSqrtRecFN_small.scala 354:73:freechips.rocketchip.system.DefaultRV32Config.fir@212890.4]
  assign _T_113 = {1'b0,$signed(rem)}; // @[DivSqrtRecFN_small.scala 356:24:freechips.rocketchip.system.DefaultRV32Config.fir@212891.4]
  assign _T_114 = {1'b0,$signed(trialTerm)}; // @[DivSqrtRecFN_small.scala 356:41:freechips.rocketchip.system.DefaultRV32Config.fir@212892.4]
  assign trialRem = $signed(_T_113) - $signed(_T_114); // @[DivSqrtRecFN_small.scala 356:29:freechips.rocketchip.system.DefaultRV32Config.fir@212895.4]
  assign newBit = 28'sh0 <= $signed(trialRem); // @[DivSqrtRecFN_small.scala 357:23:freechips.rocketchip.system.DefaultRV32Config.fir@212896.4]
  assign _T_118 = idle | cycleNum[2]; // @[DivSqrtRecFN_small.scala 359:41:freechips.rocketchip.system.DefaultRV32Config.fir@212898.4]
  assign _T_119 = ~_T_118; // @[DivSqrtRecFN_small.scala 359:34:freechips.rocketchip.system.DefaultRV32Config.fir@212899.4]
  assign _T_120 = entering_normalCase | _T_119; // @[DivSqrtRecFN_small.scala 359:31:freechips.rocketchip.system.DefaultRV32Config.fir@212900.4]
  assign _T_121 = $signed(_T_113) - $signed(_T_114); // @[DivSqrtRecFN_small.scala 360:39:freechips.rocketchip.system.DefaultRV32Config.fir@212902.6]
  assign _T_122 = newBit ? _T_121 : {{1'd0}, rem}; // @[DivSqrtRecFN_small.scala 360:21:freechips.rocketchip.system.DefaultRV32Config.fir@212903.6]
  assign _GEN_10 = _T_120 ? _T_122 : {{2'd0}, rem_Z}; // @[DivSqrtRecFN_small.scala 359:58:freechips.rocketchip.system.DefaultRV32Config.fir@212901.4]
  assign _T_124 = _T_88 & newBit; // @[DivSqrtRecFN_small.scala 362:45:freechips.rocketchip.system.DefaultRV32Config.fir@212907.4]
  assign _T_125 = entering_normalCase | _T_124; // @[DivSqrtRecFN_small.scala 362:31:freechips.rocketchip.system.DefaultRV32Config.fir@212908.4]
  assign _T_126 = $signed(trialRem) != 28'sh0; // @[DivSqrtRecFN_small.scala 363:35:freechips.rocketchip.system.DefaultRV32Config.fir@212910.6]
  assign _T_129 = {newBit, 25'h0}; // @[DivSqrtRecFN_small.scala 365:47:freechips.rocketchip.system.DefaultRV32Config.fir@212914.6]
  assign _T_130 = _T_92 ? _T_129 : 26'h0; // @[DivSqrtRecFN_small.scala 365:16:freechips.rocketchip.system.DefaultRV32Config.fir@212915.6]
  assign _T_131 = inReady & io_sqrtOp; // @[DivSqrtRecFN_small.scala 366:25:freechips.rocketchip.system.DefaultRV32Config.fir@212916.6]
  assign _T_132 = _T_131 ? 25'h1000000 : 25'h0; // @[DivSqrtRecFN_small.scala 366:16:freechips.rocketchip.system.DefaultRV32Config.fir@212917.6]
  assign _GEN_22 = {{1'd0}, _T_132}; // @[DivSqrtRecFN_small.scala 365:71:freechips.rocketchip.system.DefaultRV32Config.fir@212918.6]
  assign _T_133 = _T_130 | _GEN_22; // @[DivSqrtRecFN_small.scala 365:71:freechips.rocketchip.system.DefaultRV32Config.fir@212918.6]
  assign _T_135 = {newBit, 23'h0}; // @[DivSqrtRecFN_small.scala 367:47:freechips.rocketchip.system.DefaultRV32Config.fir@212920.6]
  assign _T_136 = _T_79 ? _T_135 : 24'h0; // @[DivSqrtRecFN_small.scala 367:16:freechips.rocketchip.system.DefaultRV32Config.fir@212921.6]
  assign _GEN_23 = {{2'd0}, _T_136}; // @[DivSqrtRecFN_small.scala 366:71:freechips.rocketchip.system.DefaultRV32Config.fir@212922.6]
  assign _T_137 = _T_133 | _GEN_23; // @[DivSqrtRecFN_small.scala 366:71:freechips.rocketchip.system.DefaultRV32Config.fir@212922.6]
  assign _GEN_24 = {{1'd0}, bitMask}; // @[DivSqrtRecFN_small.scala 368:48:freechips.rocketchip.system.DefaultRV32Config.fir@212924.6]
  assign _T_139 = sigX_Z | _GEN_24; // @[DivSqrtRecFN_small.scala 368:48:freechips.rocketchip.system.DefaultRV32Config.fir@212924.6]
  assign _T_140 = _T_88 ? _T_139 : 26'h0; // @[DivSqrtRecFN_small.scala 368:16:freechips.rocketchip.system.DefaultRV32Config.fir@212925.6]
  assign _T_141 = _T_137 | _T_140; // @[DivSqrtRecFN_small.scala 367:71:freechips.rocketchip.system.DefaultRV32Config.fir@212926.6]
  assign _T_146 = ~isNaN_Z; // @[DivSqrtRecFN_small.scala 379:39:freechips.rocketchip.system.DefaultRV32Config.fir@212938.4]
  assign _GEN_25 = {{26'd0}, notZeroRem_Z}; // @[DivSqrtRecFN_small.scala 385:35:freechips.rocketchip.system.DefaultRV32Config.fir@212947.4]
  assign io_inReady = idle | cycleNum[1]; // @[DivSqrtRecFN_small.scala 314:16:freechips.rocketchip.system.DefaultRV32Config.fir@212828.4]
  assign io_rawOutValid_div = cycleNum[1] & _T_102; // @[DivSqrtRecFN_small.scala 375:25:freechips.rocketchip.system.DefaultRV32Config.fir@212932.4]
  assign io_rawOutValid_sqrt = cycleNum[1] & sqrtOp_Z; // @[DivSqrtRecFN_small.scala 376:25:freechips.rocketchip.system.DefaultRV32Config.fir@212934.4]
  assign io_roundingModeOut = roundingMode_Z; // @[DivSqrtRecFN_small.scala 377:25:freechips.rocketchip.system.DefaultRV32Config.fir@212935.4]
  assign io_invalidExc = majorExc_Z & isNaN_Z; // @[DivSqrtRecFN_small.scala 378:22:freechips.rocketchip.system.DefaultRV32Config.fir@212937.4]
  assign io_infiniteExc = majorExc_Z & _T_146; // @[DivSqrtRecFN_small.scala 379:22:freechips.rocketchip.system.DefaultRV32Config.fir@212940.4]
  assign io_rawOut_isNaN = isNaN_Z; // @[DivSqrtRecFN_small.scala 380:22:freechips.rocketchip.system.DefaultRV32Config.fir@212941.4]
  assign io_rawOut_isInf = isInf_Z; // @[DivSqrtRecFN_small.scala 381:22:freechips.rocketchip.system.DefaultRV32Config.fir@212942.4]
  assign io_rawOut_isZero = isZero_Z; // @[DivSqrtRecFN_small.scala 382:22:freechips.rocketchip.system.DefaultRV32Config.fir@212943.4]
  assign io_rawOut_sign = sign_Z; // @[DivSqrtRecFN_small.scala 383:22:freechips.rocketchip.system.DefaultRV32Config.fir@212944.4]
  assign io_rawOut_sExp = sExp_Z; // @[DivSqrtRecFN_small.scala 384:22:freechips.rocketchip.system.DefaultRV32Config.fir@212945.4]
  assign io_rawOut_sig = _T_110 | _GEN_25; // @[DivSqrtRecFN_small.scala 385:22:freechips.rocketchip.system.DefaultRV32Config.fir@212948.4]
`ifdef RANDOMIZE_GARBAGE_ASSIGN
`define RANDOMIZE
`endif
`ifdef RANDOMIZE_INVALID_ASSIGN
`define RANDOMIZE
`endif
`ifdef RANDOMIZE_REG_INIT
`define RANDOMIZE
`endif
`ifdef RANDOMIZE_MEM_INIT
`define RANDOMIZE
`endif
`ifndef RANDOM
`define RANDOM $random
`endif
`ifdef RANDOMIZE_MEM_INIT
  integer initvar;
`endif
`ifndef SYNTHESIS
`ifdef FIRRTL_BEFORE_INITIAL
`FIRRTL_BEFORE_INITIAL
`endif
initial begin
  `ifdef RANDOMIZE
    `ifdef INIT_RANDOM
      `INIT_RANDOM
    `endif
    `ifndef VERILATOR
      `ifdef RANDOMIZE_DELAY
        #`RANDOMIZE_DELAY begin end
      `else
        #0.002 begin end
      `endif
    `endif
`ifdef RANDOMIZE_REG_INIT
  _RAND_0 = {1{`RANDOM}};
  cycleNum = _RAND_0[26:0];
  _RAND_1 = {1{`RANDOM}};
  sqrtOp_Z = _RAND_1[0:0];
  _RAND_2 = {1{`RANDOM}};
  majorExc_Z = _RAND_2[0:0];
  _RAND_3 = {1{`RANDOM}};
  isNaN_Z = _RAND_3[0:0];
  _RAND_4 = {1{`RANDOM}};
  isInf_Z = _RAND_4[0:0];
  _RAND_5 = {1{`RANDOM}};
  isZero_Z = _RAND_5[0:0];
  _RAND_6 = {1{`RANDOM}};
  sign_Z = _RAND_6[0:0];
  _RAND_7 = {1{`RANDOM}};
  sExp_Z = _RAND_7[9:0];
  _RAND_8 = {1{`RANDOM}};
  fractB_Z = _RAND_8[22:0];
  _RAND_9 = {1{`RANDOM}};
  roundingMode_Z = _RAND_9[2:0];
  _RAND_10 = {1{`RANDOM}};
  rem_Z = _RAND_10[25:0];
  _RAND_11 = {1{`RANDOM}};
  notZeroRem_Z = _RAND_11[0:0];
  _RAND_12 = {1{`RANDOM}};
  sigX_Z = _RAND_12[25:0];
`endif // RANDOMIZE_REG_INIT
  `endif // RANDOMIZE
end // initial
`ifdef FIRRTL_AFTER_INITIAL
`FIRRTL_AFTER_INITIAL
`endif
`endif // SYNTHESIS
  always @(posedge clock) begin
    if (reset) begin
      cycleNum <= 27'h1;
    end else if (_T_52) begin
      cycleNum <= _T_68;
    end
    if (entering) begin
      sqrtOp_Z <= io_sqrtOp;
    end
    if (entering) begin
      if (io_sqrtOp) begin
        majorExc_Z <= _T_8;
      end else begin
        majorExc_Z <= _T_21;
      end
    end
    if (entering) begin
      if (io_sqrtOp) begin
        isNaN_Z <= _T_22;
      end else begin
        isNaN_Z <= _T_24;
      end
    end
    if (entering) begin
      if (io_sqrtOp) begin
        isInf_Z <= io_a_isInf;
      end else begin
        isInf_Z <= _T_25;
      end
    end
    if (entering) begin
      if (io_sqrtOp) begin
        isZero_Z <= io_a_isZero;
      end else begin
        isZero_Z <= _T_26;
      end
    end
    if (entering) begin
      sign_Z <= sign_S;
    end
    if (entering_normalCase) begin
      if (io_sqrtOp) begin
        sExp_Z <= _T_70;
      end else begin
        sExp_Z <= sSatExpQuot_S_div;
      end
    end
    if (_T_73) begin
      fractB_Z <= io_b_sig[22:0];
    end
    if (entering_normalCase) begin
      roundingMode_Z <= io_roundingMode;
    end
    rem_Z <= _GEN_10[25:0];
    if (_T_125) begin
      notZeroRem_Z <= _T_126;
    end
    if (_T_125) begin
      sigX_Z <= _T_141;
    end
  end
endmodule